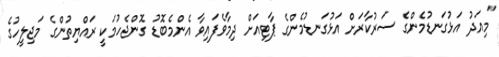
"މިއަދު އަޅުގަނޑުމެންގެ ސަރުކާރަށް އަޅުގަނޑުމެންގެ ޕާޓިއަށް ދިމާވެފައިވާ އެންމެބޮޑު ގޮންޖެހުމަކީ ރައްޔިތުންގެ މަޖިލީހުގެ